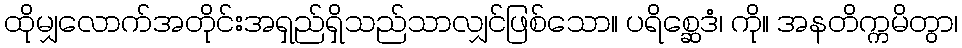
ထိုမျှလောက်အတိုင်းအရှည်ရှိသည်သာလျှင်ဖြစ်သော။ ပရိစ္ဆေဒံ၊ ကို။ အနတိက္ကမိတွာ၊